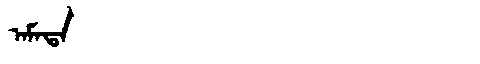
Manchu: ᠠᠮᠠᡨᠠ
Romanization: AMATA